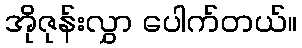
အိုဇုန်းလွှာ ပေါက်တယ်။